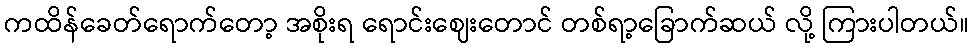
ကထိန်ခေတ်ရောက်တော့ အစိုးရ ရောင်းဈေးတောင် တစ်ရာ့ခြောက်ဆယ် လို့ ကြားပါတယ်။